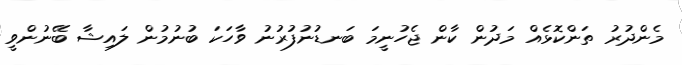
މެންދުރު ތަންކޮޅެއް މަދުން ކާން ޖެހުނީމަ ބަނޑުނުފުރުނު ވާހަކަ ބުނުމުން ލައިޝާ ބޭނުންވީ